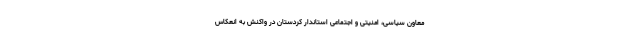
معاون سیاسی، امنیتی و اجتماعی استاندار کردستان در واکنش به انعکاس